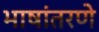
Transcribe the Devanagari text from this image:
भाषांतरणे